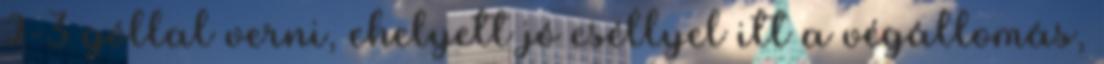
2-3 góllal verni, ehelyett jó eséllyel itt a végállomás,